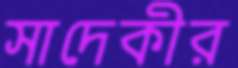
সাদেকীর